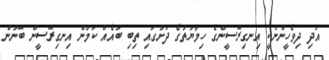
އަދި ދިވެހީންނަކީ އިނގިރޭސީންގެ ހިމާޔަތުގެ ދަށުގައި ތިބި ބައެއް ކަމުން އިނގިރޭސީން ބޭނުން